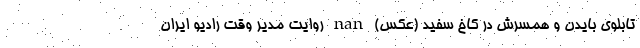
تابلوی بایدن و همسرش در کاخ سفید (عکس) nan روایت مدیر وقت رادیو ایران